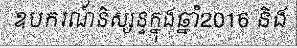
ឧបករណ៍និស្សន្ទក្នុងឆ្នាំ2016 និង